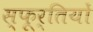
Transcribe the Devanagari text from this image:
स्फूर्तियों